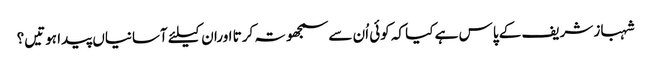
شہباز شریف کے پاس ہے کیا کہ کوئی اُن سے سمجھوتہ کرتا اوران کیلئے آسانیاں پیدا ہوتیں؟